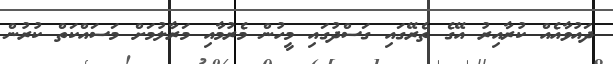
ދައުވާއެއް ކުރާއިރު އޭގެ ތެރޭގައި ގަސްދުގައި މީހުން މެރުމާއި މަރާލުމަށް މަސައްކަތް ކުރުން